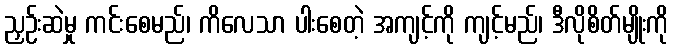
ညှဉ်းဆဲမှု ကင်းစေမည်၊ ကိလေသာ ပါးစေတဲ့ အကျင့်ကို ကျင့်မည်၊ ဒီလိုစိတ်မျိုးကို